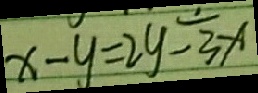
x - y = 2 y - \frac { 1 } { 3 } x